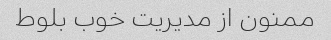
ممنون از مدیریت خوب بلوط